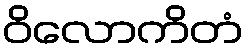
ဝိလောကိတံ